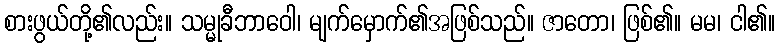
စားဖွယ်တို့၏လည်း။ သမ္မုခီဘာဝေါ၊ မျက်မှောက်၏အဖြစ်သည်။ ဇာတော၊ ဖြစ်၏။ မမ၊ ငါ၏။